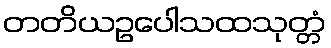
တတိယဥပေါသထသုတ္တံ